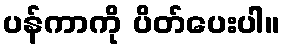
ပန်ကာကို ပိတ်ပေးပါ။